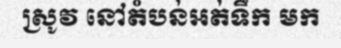
ស្រូវ នៅតំបន់អត់ទឹក មក